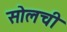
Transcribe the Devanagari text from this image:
सोलची